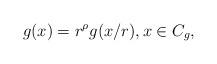
LaTeX: \begin{align*} g(x) = r^{\rho} g(x/r), x \in C_g,\end{align*}